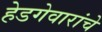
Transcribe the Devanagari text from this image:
हेडगेवारांचे